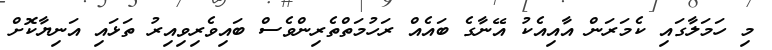
މި ހަމަލާގައި ކެމަރަން އާއިއެކު އޭނާގެ ބައެއް ރަހުމަތްތެރިންވެސް ބައިވެރިވިއިރު ތަޅައި އަނިޔާކޮށް